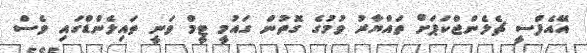
އޭއެފްސީ ޗެލެންޖްކަޕަށް ތައްޔާރު ވުމުގެ ގޮތުން ގައުމީ ޓީމް ވަނީ ތައިލެންޑްގައި ވެސް